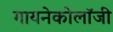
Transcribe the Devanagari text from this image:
गायनेकोलॉजी